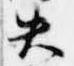
失